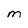
Character: M